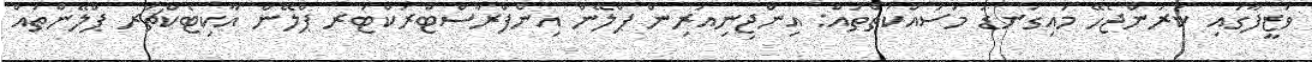
ވަޒީފާގައި ކުރަންޖެހޭ މައިގަނޑު މަސައްކަތްތައް: އިންޖިނިއަރިން ޕްލޭން އިންފްރާސްޓްރަކްޓަރ ޕްލޭން އާކިޓެކްޗަރ ޕްލޭންތައް